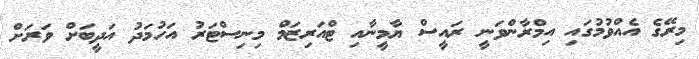
މިރޭގެ އެއްވުމުގައި އިމްރާންވަނީ ރައީސް ޔާމީނާއި ޓްއަރިޒަމް މިނިސްޓަރު އަހުމަދު އަދީބަށް ވަރަށް